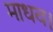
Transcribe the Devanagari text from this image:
माधव।